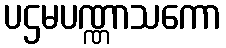
ပဌမပဏ္ဏာသကော